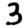
Digit: 3